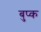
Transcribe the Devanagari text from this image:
बुप्क